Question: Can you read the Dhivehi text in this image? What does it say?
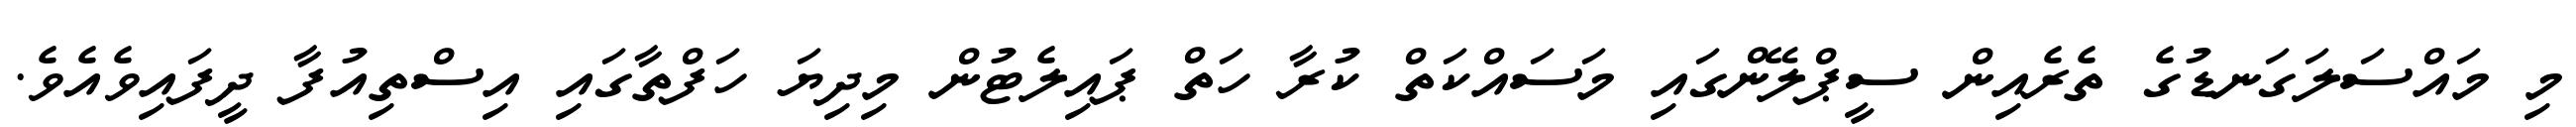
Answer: މި މައްސަލަގަނޑުގެ ތެރެއިން ސީޕްލޭންގައި މަސައްކަތް ކުރާ ހަތް ޕައިލެޓުން މިދިޔަ ހަފްތާގައި އިސްތިއުފާ ދީފައިވެއެވެ.